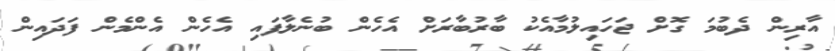
އާރިން ދެބުމަ ގޮށް ޖަހައިލުމާއެކު ބާރުބާރަށް އެހެން ބުނެލާފައި އެހެން އެންމެން ފަދައިން